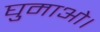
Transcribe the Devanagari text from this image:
घुमाओ।